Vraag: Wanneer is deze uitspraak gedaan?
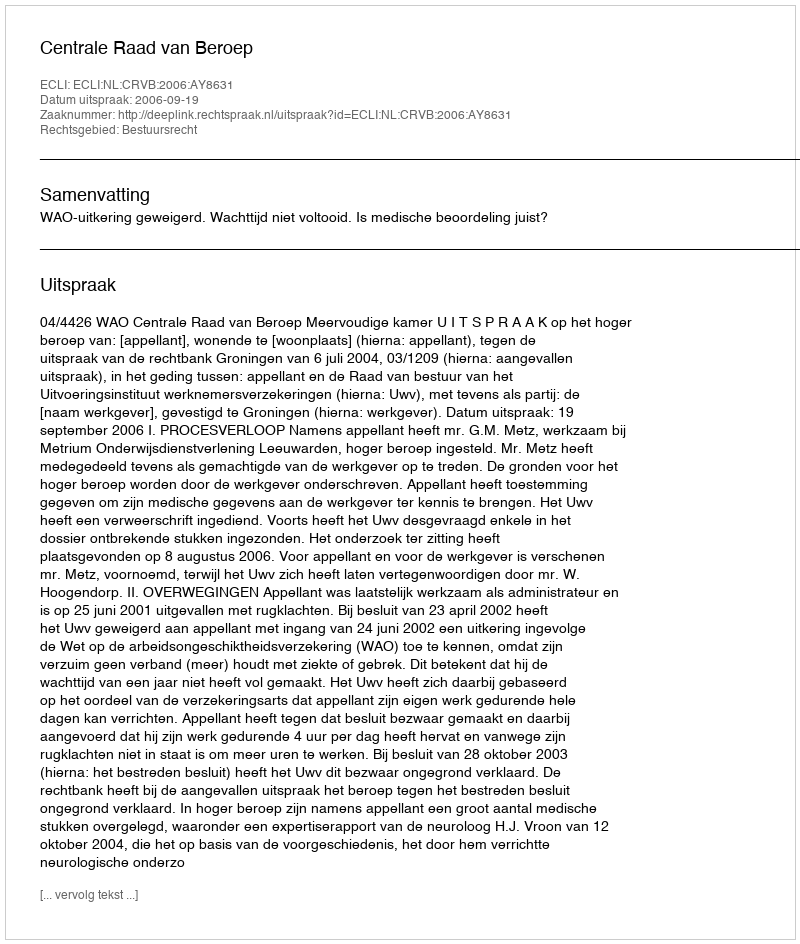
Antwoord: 2006-09-19